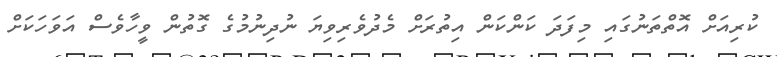
ކުރިއަށް އޮތްތަނުގައި މިފަދަ ކަންކަން އިތުރަށް މެދުވެރިވިޔަ ނުދިނުމުގެ ގޮތުން ވީހާވެސް އަވަހަކަށް